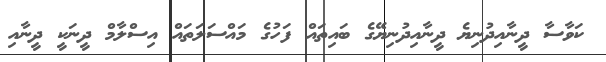
ކަވާސާ ދީނާއިދުނިޔެ ދީނާއިދުނިޔޭގެ ބައިތައް ފަހުގެ މައްސަލަތައް އިސްލާމް ދީނަކީ ދީނާއި